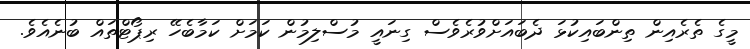
މީގެ ތެރެއިން ތިންބައިކުޅަ ދެބައަށްވުރެވެސް ގިނައީ މުސްލިމުން ކަމަށް ކަމާބެހޭ ރިޕޯޓްތައް ބުނެއެވެ.